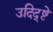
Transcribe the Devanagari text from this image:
उदिद्ष्टे